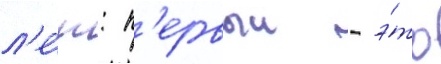
л'е́т: п'ервыи - э́то